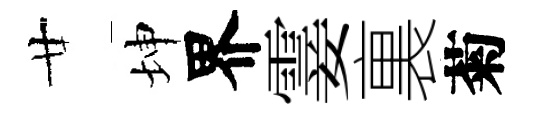
廿坤界霎裏菊